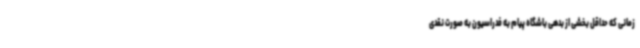
زمانی که حداقل بخشی از بدهی باشگاه پیام به فدراسیون به صورت نقدی